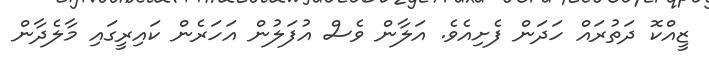
ޒީއްކޮ ދަތުރައް ހަދަން ފެށިއެވެ. އަލާން ވެސް އުފަލުން އަހަރެން ކައިރީގައި މާލެދާން